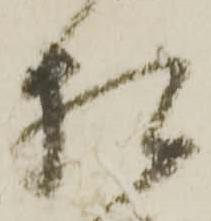
相